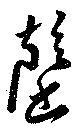
罄